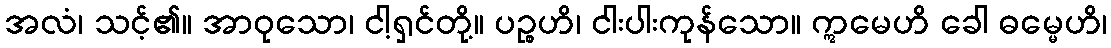
အလံ၊ သင့်၏။ အာဝုသော၊ ငါ့ရှင်တို့။ ပဉ္စဟိ၊ ငါးပါးကုန်သော။ ဣမေဟိ ခေါ ဓမ္မေဟိ၊